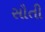
સૌતી